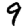
Digit: 9